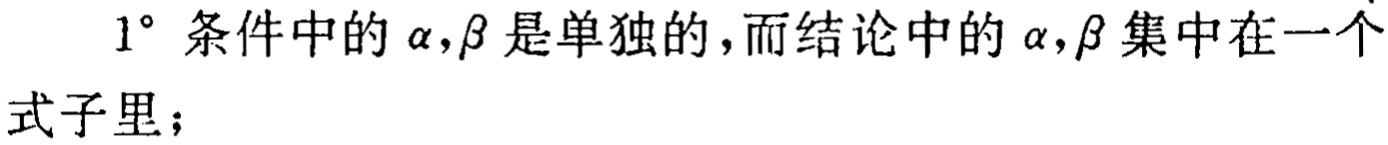
$1^{\circ}$ 条件中的 $\alpha,\beta$ 是单独的，而结论中的 $\alpha,\beta$ 集中在一个式子 里；